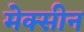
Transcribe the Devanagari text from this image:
मेक्सीन